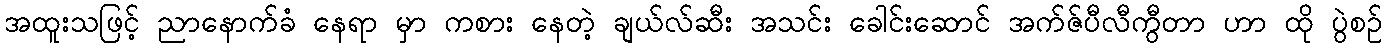
အထူးသဖြင့် ညာနောက်ခံ နေရာ မှာ ကစား နေတဲ့ ချယ်လ်ဆီး အသင်း ခေါင်းဆောင် အက်ဇ်ပီလီကွီတာ ဟာ ထို ပွဲစဉ်